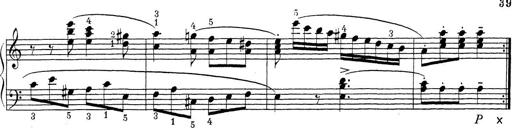
Title: ÄŒeskÃ© Sonatiny
Composer: Various